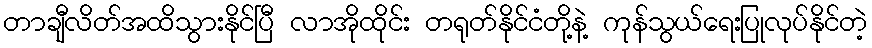
တာချီလိတ်အထိသွားနိုင်ပြီ လာအိုထိုင်း တရုတ်နိုင်ငံတို့နဲ့ ကုန်သွယ်ရေးပြုလုပ်နိုင်တဲ့